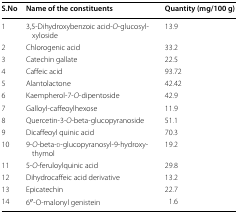
<table><thead><tr><td><b>S.No</b></td><td><b>Name of the constituents</b></td><td><b>Quantity (mg/100 g)</b></td></tr></thead><tbody><tr><td>1</td><td>3,5-Dihydroxybenzoic acid-<i>O</i>-glucosyl-xyloside</td><td>13.9</td></tr><tr><td>2</td><td>Chlorogenic acid</td><td>33.2</td></tr><tr><td>3</td><td>Catechin gallate</td><td>22.5</td></tr><tr><td>4</td><td>Caffeic acid</td><td>93.72</td></tr><tr><td>5</td><td>Alantolactone</td><td>42.42</td></tr><tr><td>6</td><td>Kaempherol-7-<i>O</i>-dipentoside</td><td>42.9</td></tr><tr><td>7</td><td>Galloyl-caffeoylhexose</td><td>11.9</td></tr><tr><td>8</td><td>Quercetin-3-<i>O</i>-beta-glucopyranoside</td><td>51.1</td></tr><tr><td>9</td><td>Dicaffeoyl quinic acid</td><td>70.3</td></tr><tr><td>10</td><td>9-<i>O</i>-beta-d-glucopyranosyl-9-hydroxythymol</td><td>19.2</td></tr><tr><td>11</td><td>5-<i>O</i>-feruloylquinic acid</td><td>29.8</td></tr><tr><td>12</td><td>Dihydrocaffeic acid derivative</td><td>13.2</td></tr><tr><td>13</td><td>Epicatechin</td><td>22.7</td></tr><tr><td>14</td><td>6′′-O-malonyl genistein</td><td>1.6</td></tr></tbody></table>